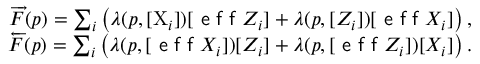
\begin{array} { r } { \overrightarrow { F } ( p ) = \sum _ { i } \left( \lambda ( p , [ \mathrm { X } _ { i } ] ) [ \textsf { e f f } Z _ { i } ] + \lambda ( p , [ Z _ { i } ] ) [ \textsf { e f f } X _ { i } ] \right) , } \\ { \overleftarrow { F } ( p ) = \sum _ { i } \left( \lambda ( p , [ \textsf { e f f } X _ { i } ] ) [ Z _ { i } ] + \lambda ( p , [ \textsf { e f f } Z _ { i } ] ) [ X _ { i } ] \right) . } \end{array}